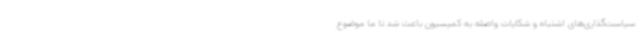
سیاست‌گذاری‌های اشتباه و شکایات واصله به کمیسیون باعث شد تا ما موضوع